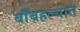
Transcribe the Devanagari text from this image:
बाँबहल्यात